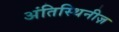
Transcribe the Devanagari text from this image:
अंतिस्थिनीज़